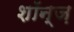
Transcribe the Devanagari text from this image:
शॉन्ज़